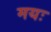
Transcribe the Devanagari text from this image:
मयः